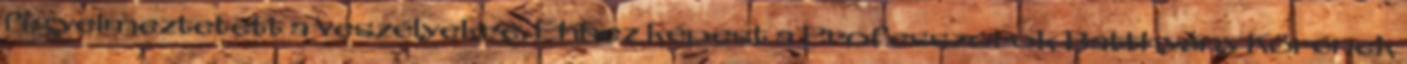
figyelmeztetett a veszélyekre. Ehhez képest a Professzorok Batthyány Körének